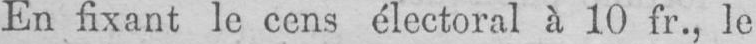
En fixant le cens électoral à 10 fr., le